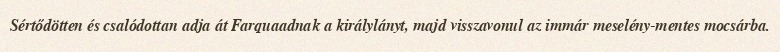
Sértődötten és csalódottan adja át Farquaadnak a királylányt, majd visszavonul az immár meselény-mentes mocsárba.